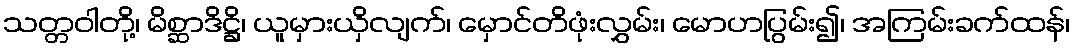
သတ္တဝါတို့၊ မိစ္ဆာဒိဋ္ဌိ၊ ယူမှားယှိလျက်၊ မှောင်တိဖုံးလွှမ်း၊ မောဟပြွမ်း၍၊ အကြမ်းခက်ထန်၊